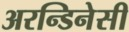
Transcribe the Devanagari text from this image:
अरन्डिनेसी